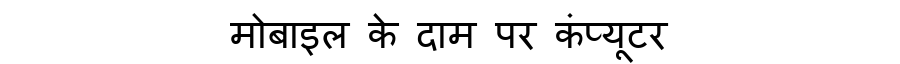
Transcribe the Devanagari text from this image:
मोबाइल के दाम पर कंप्यूटर